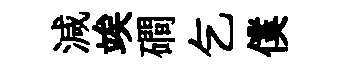
減竢磵乞僕